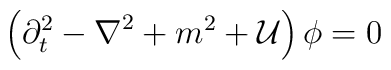
\left( {\partial}^{2}_{t} - {\bf \nabla}^{2}+m^2+ {\cal U} \right) \phi = 0